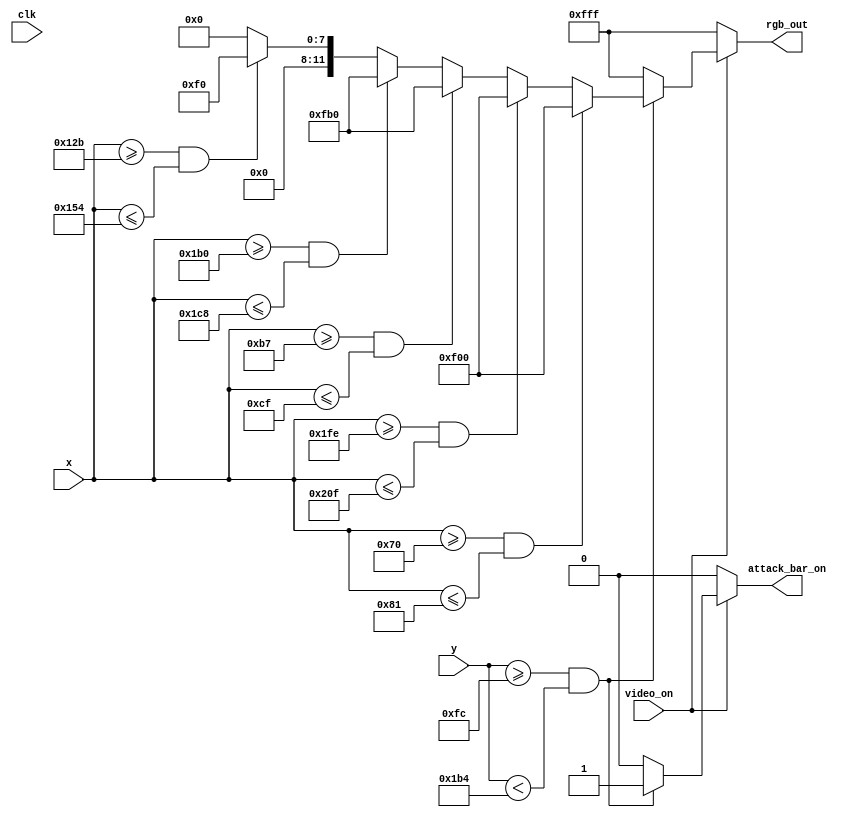
`timescale 1ns / 1ps
//////////////////////////////////////////////////////////////////////////////////
// Company: 
// Engineer: 
// 
// Design Name: 
// Module Name: attack_bar
// Project Name: 
// Target Devices: 
// Tool Versions: 
// Description: 
// 
// Dependencies: 
// 
// Revision:
// Revision 0.01 - File Created
// Additional Comments:
// 
//////////////////////////////////////////////////////////////////////////////////


module attack_bar(
        input wire clk,                    // input clock signal for synchronous ROMs
        input wire video_on,               // input from vga_sync signaling when video signal is on
        input wire [9:0] x, y,             // current pixel coordinates from vga_sync circuit
        output reg [11:0] rgb_out,         // output rgb signal for current pixel
        output reg attack_bar_on           // output signal asserted when vga x/y pixel is within platform location in display area
    );
    reg [7:0] row;
	reg [8:0] col;
	
	wire [11:0] attack_bar_color_data;
	
	reg [11:0] green_screen = 12'b011011011110;
	
	
	
	
	/*attack_bar_rom attack_bar (.clk(clk), .row(row), .col(col), .color_data(attack_bar_color_data));*/

	parameter top_left_x = 104;
	parameter top_left_y = 252;
	parameter bot_right_x = top_left_x + 432;
	parameter bot_right_y = top_left_y + 184;
    always @*
		begin
		attack_bar_on = 0;
		row = 0;
		col = 0;
		rgb_out = 12'b111111111111;
		
		if(video_on)begin
		     if (y>=top_left_y && y<bot_right_y) begin
	       //////red
	           if (x >=8+104 && x <=25+104) begin
	               attack_bar_on = 1;
				   rgb_out = 12'b111100000000;
	           end
	           else if (x >=406+104 && x <=423+104) begin
	               attack_bar_on = 1;
				   rgb_out = 12'b111100000000;
	           end
	           //////////////orange
	           else if (x >=79+104 && x <=103+104) begin
	               attack_bar_on = 1;
				   rgb_out = 12'b111110110000;
	           end
	           else if (x >=328+104 && x <=352+104) begin
	               attack_bar_on = 1;
				   rgb_out = 12'b111110110000;
	           end
	           ///////////////green
	           else if (x >=195+104 && x <=236+104) begin
	               attack_bar_on = 1;
				   rgb_out = 12'b000011110000;
	           end
	           ////// blue
	           else begin
	               attack_bar_on = 1;
				   rgb_out = 12'b000000000000;
	           end
	           
	       end
				  
				  
			 end
	       end
endmodule
/*
	always@ (posedge clk) begin
	   damage =0;
	   if (video_on)begin
	       if ((y>=top_left_y && y<bot_right_y))) begin
	       //////red
	           if (top_left_x >=8 && top_left_x <=25) begin
	               attack_bar_on = 1;
				   rgb_out = 12'b111100000000;
	           end
	           else if (bot_right_x >=8 && bot_right_x <=25) begin
	               damage = 2;
	           end
	           //////////////orange
	           else if (top_left_x >=79 && top_left_x <=103) begin
	               attack_bar_on = 1;
				   rgb_out = 12'111110110000;
	           end
	           else if (bot_right_x >=328 && bot_right_x <=352) begin
	               attack_bar_on = 1;
				   rgb_out = 12'111110110000;
	           end
	           ///////////////green
	           else if (top_left_x >=195 && top_left_x <=236) begin
	               attack_bar_on = 1;
				   rgb_out = 12'b000011110000;
	           end
	           ////// blue
	           else begin
	               attack_bar_on = 1;
				   rgb_out = 12'b000000000000;
	           end
	           
	       end
	   end
	end
*/